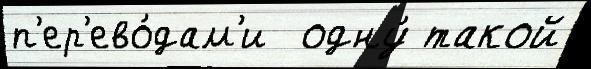
п'ер'ево́дам'и  одну́ такой